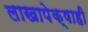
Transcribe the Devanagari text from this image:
लाखापेक्षाही